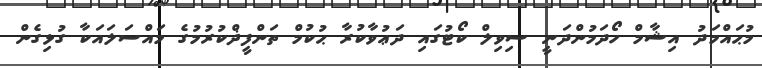
މުޙައްމަދު އިޝާމް ހޯދަމުންދަނީ ސިވިލް ކޯޓުގައި ދަޢުވާކުރާ ޙުކުމް ތަންފީޛްކުރުމުގެ މައްސަލައަކާ ގުޅިގެން